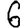
Digit: 6